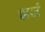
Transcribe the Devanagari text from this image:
झलं